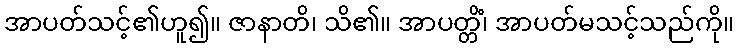
အာပတ်သင့်၏ဟူ၍။ ဇာနာတိ၊ သိ၏။ အာပတ္တိံ၊ အာပတ်မသင့်သည်ကို။